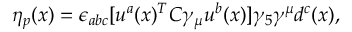
\eta _ { p } ( x ) = \epsilon _ { a b c } [ u ^ { a } ( x ) ^ { T } C \gamma _ { \mu } u ^ { b } ( x ) ] \gamma _ { 5 } \gamma ^ { \mu } d ^ { c } ( x ) ,